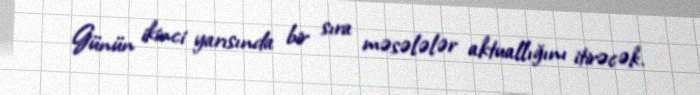
Günün ikinci yarısında bir sıra məsələlər aktuallığını itirəcək.